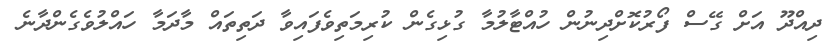
ދިއްދޫ އަށް ގޭސް ފޯރުކޮށްދިނުން ހުއްޓާލުމާ ގުޅިގެން ކުރިމަތިވެފައިވާ ދަތިތައް މާދަމާ ހައްލުވެގެންދާނެ